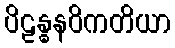
ပိဠန္ဓနဝိကတိယာ